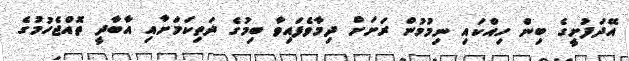
އޭދަފުށީގެ ބިން ހިއްކައި ނިމުމުން ރަށަށް ދިމާވެފައިވާ ބިމުގެ ދަތިކަމަށާއި އާބާދީ ތޮއްޖެހުމުގެ